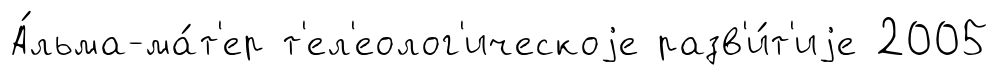
А́льма-ма́т'ер т'ел'еолог'ическоjе разв'и́т'иjе 2005